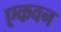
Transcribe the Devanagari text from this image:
एकवन